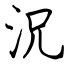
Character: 況